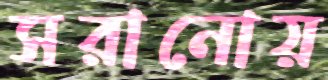
সরানোয়